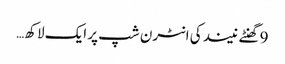
9 گھنٹے نیند کی انٹرن شپ پر ایک لاکھ…